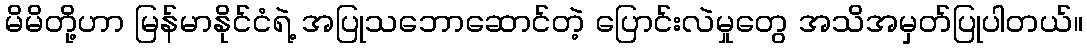
မိမိတို့ဟာ မြန်မာနိုင်ငံရဲ့ အပြုသဘောဆောင်တဲ့ ပြောင်းလဲမှုတွေ အသိအမှတ်ပြုပါတယ်။